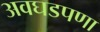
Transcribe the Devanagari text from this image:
अवघडपणा